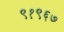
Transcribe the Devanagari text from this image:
९१९६७